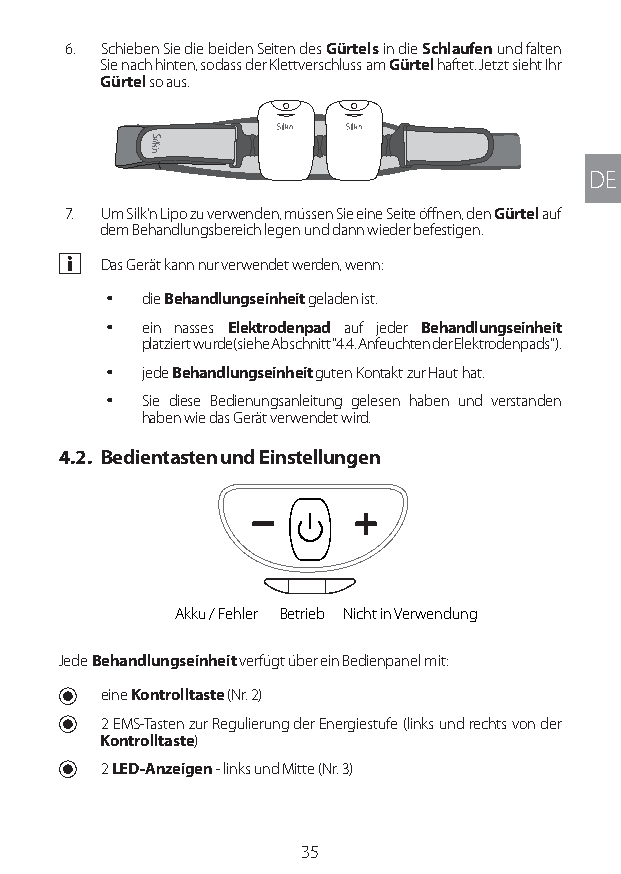
6. Schieben Sie die beiden Seiten des Gürtels in die Schlaufen und falten
 Sie nach hinten, sodass der Klettverschluss am Gürtel haftet. Jetzt sieht Ihr
 Gürtel so aus.
 DE
 7. Um Silk'n Lipo zu verwenden, müssen Sie eine Seite öffnen, den Gürtel auf
 dem Behandlungsbereich legen und dann wieder befestigen.
 a Das Gerät kann nur verwendet werden, wenn:
 y die Behandlungseinheit geladen ist.
 y ein nasses Elektrodenpad auf jeder Behandlungseinheit
 platziert wurde (siehe Abschnitt "4.4. Anfeuchten der Elektrodenpads").
 y jede Behandlungseinheit guten Kontakt zur Haut hat.
 y Sie diese Bedienungsanleitung gelesen haben und verstanden
 haben wie das Gerät verwendet wird.
 4.2. Bedientasten und Einstellungen
 Akku / Fehler Betrieb Nicht in Verwendung
 Jede Behandlungseinheit verfügt über ein Bedienpanel mit:
 U eine Kontrolltaste (Nr. 2)
 U 2 EMS-Tasten zur Regulierung der Energiestufe (links und rechts von der
 Kontrolltaste)
 U 2 LED-Anzeigen - links und Mitte (Nr. 3)
 35
 Lipo UM EU124 3545B inside ALL EU124 ED296-24 release.indd 35 14/08/2018 10:57:34